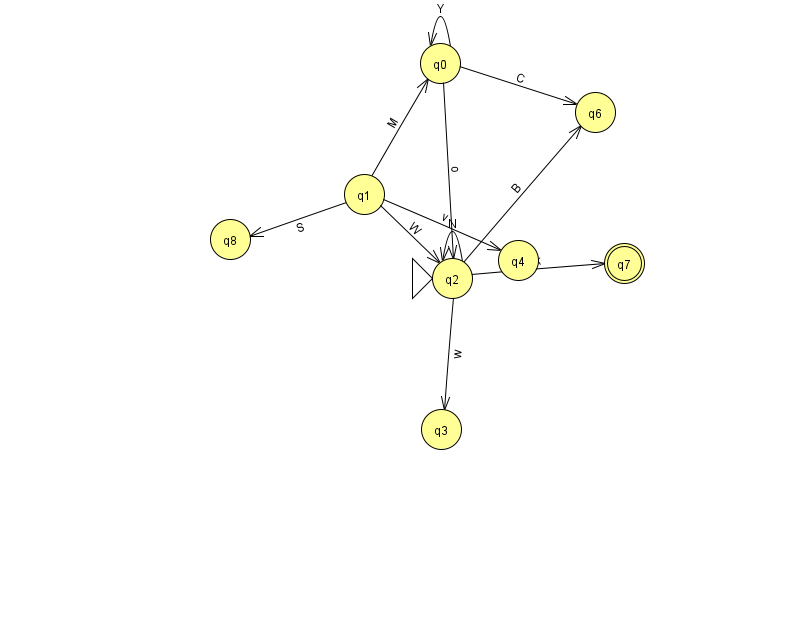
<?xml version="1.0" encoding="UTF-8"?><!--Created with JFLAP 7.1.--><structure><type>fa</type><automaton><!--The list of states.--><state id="0" name="q0"><x>440.0</x><y>50.0</y></state><state id="1" name="q1"><x>364.0</x><y>181.0</y></state><state id="2" name="q2"><x>452.0</x><y>265.0</y><initial/></state><state id="3" name="q3"><x>441.0</x><y>416.0</y></state><state id="4" name="q4"><x>518.0</x><y>247.0</y></state><state id="6" name="q6"><x>595.0</x><y>99.0</y></state><state id="7" name="q7"><x>624.0</x><y>250.0</y><final/></state><state id="8" name="q8"><x>230.0</x><y>226.0</y></state><!--The list of transitions.--><transition><from>0</from><to>2</to><read>o</read></transition><transition><from>1</from><to>0</to><read>M</read></transition><transition><from>1</from><to>2</to><read>W</read></transition><transition><from>1</from><to>4</to><read>v</read></transition><transition><from>2</from><to>3</to><read>w</read></transition><transition><from>2</from><to>6</to><read>B</read></transition><transition><from>0</from><to>0</to><read>Y</read></transition><transition><from>2</from><to>7</to><read>k</read></transition><transition><from>0</from><to>6</to><read>C</read></transition><transition><from>1</from><to>8</to><read>S</read></transition><transition><from>2</from><to>2</to><read>N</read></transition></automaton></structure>